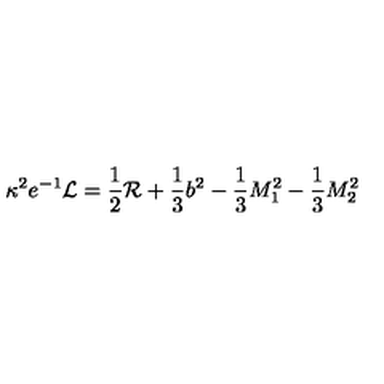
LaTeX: \kappa ^ { 2 } e ^ { - 1 } { \cal { L } } = \frac { 1 } { 2 } { \cal { R } } + \frac { 1 } { 3 } b ^ { 2 } - \frac { 1 } { 3 } M _ { 1 } ^ { 2 } - \frac { 1 } { 3 } M _ { 2 } ^ { 2 }